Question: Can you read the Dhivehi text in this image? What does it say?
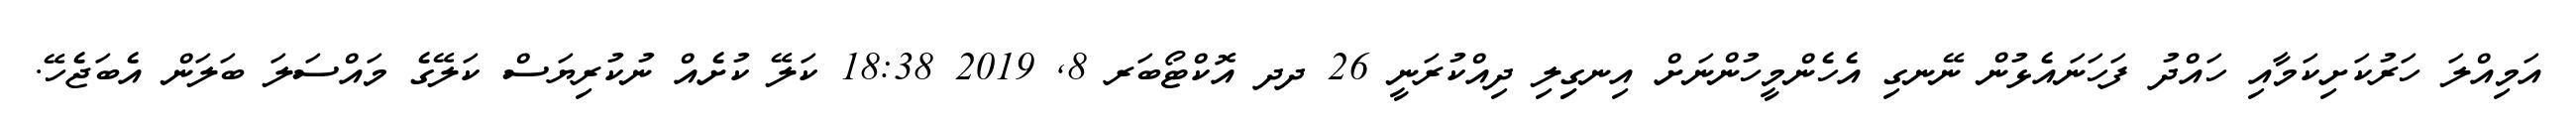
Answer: އަމިއްލަ ހަރުކަށިކަމާއި ހައްދު ފަހަނައެޅުން ނޭނގި އެހެންމީހުންނަށް އިނގިިލި ދިއްކުރަނީ 26 ދދ އޮކްޓޯބަރ 8, 2019 18:38 ކަލޭ ކުށެއް ނުކުރިޔަސް ކަލޭގެ މައްސަލަ ބަލަން އެބަޖެހޭ.